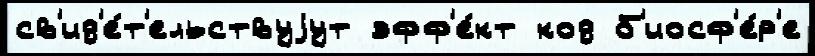
св'ид'е́т'ельствуjут эфф'е́кт код б'иосф'е́р'е